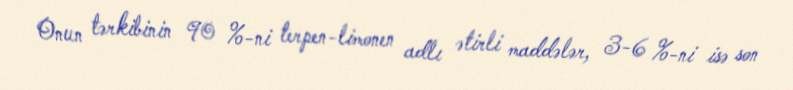
Onun tərkibinin 90 %-ni terpen-limonen adlı ətirli maddələr, 3-6 %-ni isə son